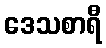
ဒေသစာရီ